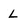
Character: L